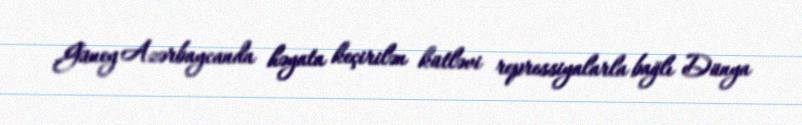
Güney Azərbaycanda həyata keçirilən kütləvi repressiyalarla bağlı Dünya